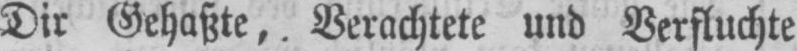
Dir Gehaßte, Verachtete und Verfluchte